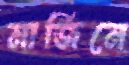
মার্জিনে